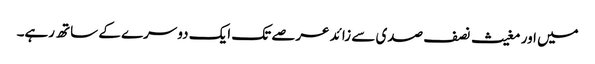
میں اور مغیث نصف صدی سے زائد عرصے تک ایک دوسرے کے ساتھ رہے۔